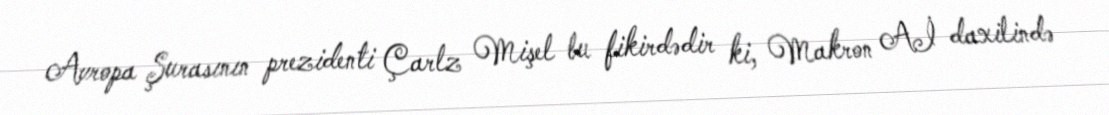
Avropa Şurasının prezidenti Çarlz Mişel bu fikirdədir ki, Makron Aİ daxilində